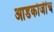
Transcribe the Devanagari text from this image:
आडकोजींच